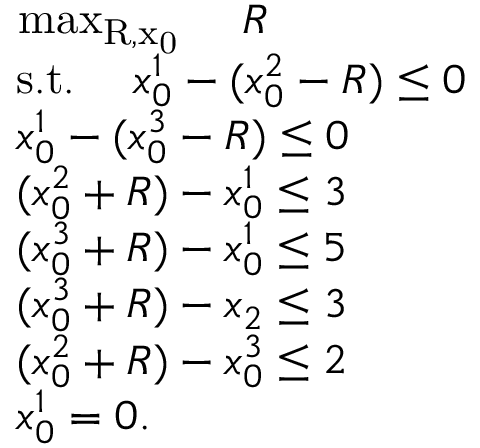
\begin{array} { r l } & { \mathrm { ~ \operatorname* { m a x } _ { R , x _ 0 } ~ } \quad R } \\ & { \; \mathrm { s . t . } \quad \; x _ { 0 } ^ { 1 } - ( x _ { 0 } ^ { 2 } - R ) \le 0 } \\ & { \; x _ { 0 } ^ { 1 } - ( x _ { 0 } ^ { 3 } - R ) \le 0 } \\ & { \; ( x _ { 0 } ^ { 2 } + R ) - x _ { 0 } ^ { 1 } \le 3 } \\ & { \; ( x _ { 0 } ^ { 3 } + R ) - x _ { 0 } ^ { 1 } \le 5 } \\ & { \; ( x _ { 0 } ^ { 3 } + R ) - x _ { 2 } \leq 3 } \\ & { \; ( x _ { 0 } ^ { 2 } + R ) - x _ { 0 } ^ { 3 } \leq 2 } \\ & { \; x _ { 0 } ^ { 1 } = 0 . } \end{array}